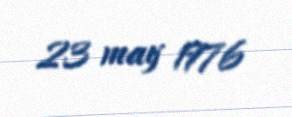
23 may 1976